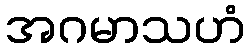
အဂမာသဟံ